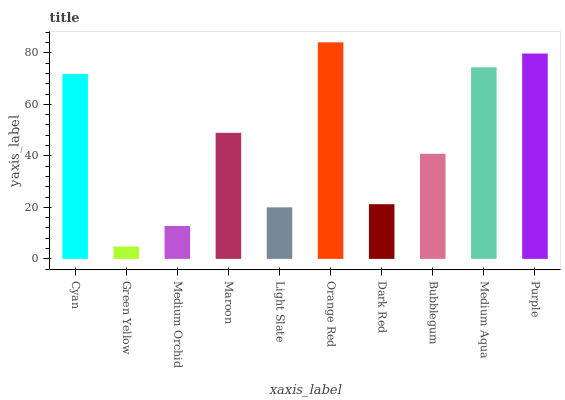
| xaxis_label | bars |
 | --- | --- |
 | Cyan | 71.8 |
 | Green Yellow | 4.8 |
 | Medium Orchid | 12.8 |
 | Maroon | 48.9 |
 | Light Slate | 20 |
 | Orange Red | 84.1 |
 | Dark Red | 21.2 |
 | Bubblegum | 40.8 |
 | Medium Aqua | 74.4 |
 | Purple | 79.7 |